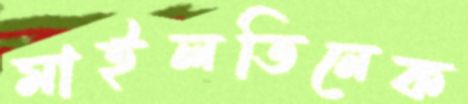
মাইলতিনেক